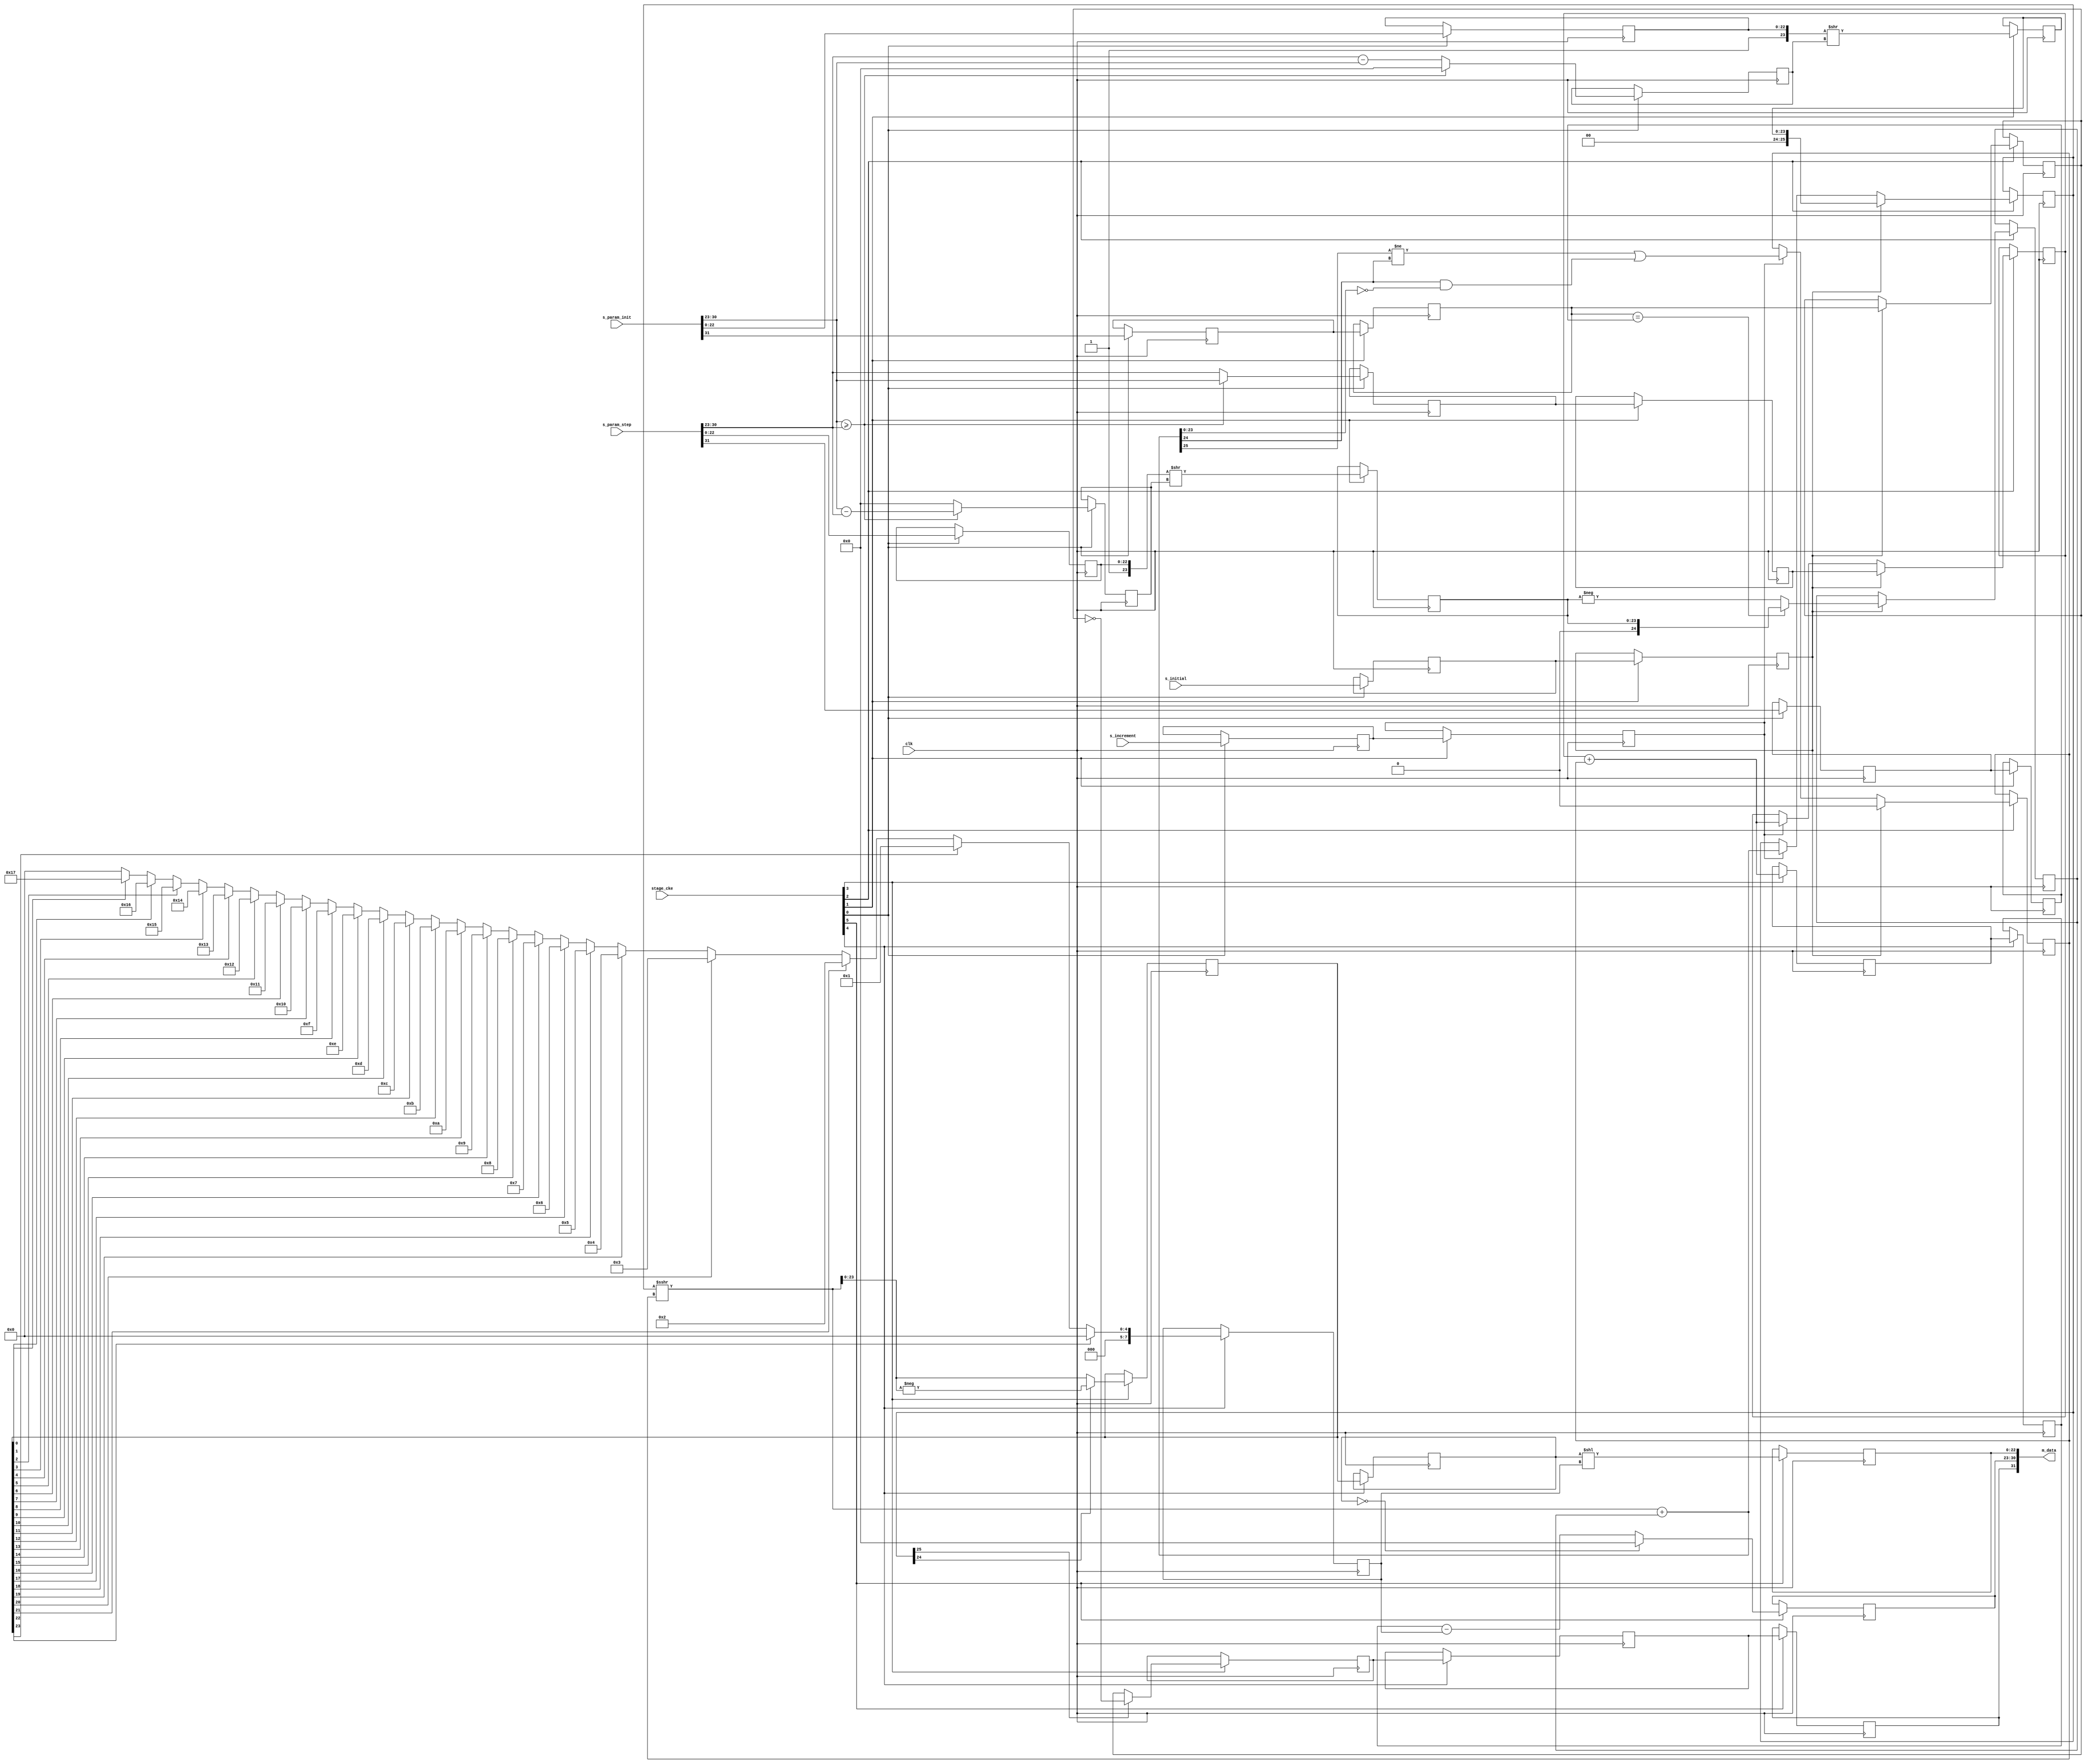
// This program was cloned from: https://github.com/ryuz/jelly
// License: MIT License

// ---------------------------------------------------------------------------
//  Jelly  -- The platform for real-time computing
//
//                                 Copyright (C) 2008-2015 by Ryuz
//                                 https://github.com/ryuz/jelly.git
// ---------------------------------------------------------------------------



`timescale 1ns / 1ps
`default_nettype none



// /
module jelly_float_step
        #(
            parameter   EXP_WIDTH  = 8,
            parameter   FRAC_WIDTH = 23,
            parameter   DATA_WIDTH = 1 + EXP_WIDTH + FRAC_WIDTH
        )
        (
            input   wire                        clk,
            
            input   wire    [5:0]               stage_cke,
            
            // input
            input   wire    [DATA_WIDTH-1:0]    s_param_init,
            input   wire    [DATA_WIDTH-1:0]    s_param_step,
            input   wire                        s_initial,
            input   wire                        s_increment,
            
            // output
            output  wire    [DATA_WIDTH-1:0]    m_data
        );
    
    
    wire                                src_init_sign = s_param_init[DATA_WIDTH-1];
    wire            [EXP_WIDTH-1:0]     src_init_exp  = s_param_init[FRAC_WIDTH +: EXP_WIDTH];
    wire            [FRAC_WIDTH-1:0]    src_init_frac = s_param_init[FRAC_WIDTH-1:0];
    wire                                src_step_sign = s_param_step[DATA_WIDTH-1];
    wire            [EXP_WIDTH-1:0]     src_step_exp  = s_param_step[FRAC_WIDTH +: EXP_WIDTH];
    wire            [FRAC_WIDTH-1:0]    src_step_frac = s_param_step[FRAC_WIDTH-1:0];
    wire                                src_initial   = s_initial;
    wire                                src_increment = s_increment;
    
    reg                                 st0_init_sign;
    reg             [EXP_WIDTH-1:0]     st0_init_shift;
    reg             [EXP_WIDTH-1:0]     st0_init_exp;
    reg             [FRAC_WIDTH-1:0]    st0_init_frac;
    reg                                 st0_step_sign;
    reg             [EXP_WIDTH-1:0]     st0_step_shift;
    reg             [FRAC_WIDTH-1:0]    st0_step_frac;
    reg                                 st0_initial;
    reg                                 st0_increment;
    
    reg                                 st1_init_sign;
    reg             [EXP_WIDTH-1:0]     st1_init_exp;
    reg             [FRAC_WIDTH:0]      st1_init_frac;
    reg                                 st1_step_sign;
    reg             [FRAC_WIDTH:0]      st1_step_frac;
    reg                                 st1_initial;
    reg                                 st1_increment;
    
    reg                                 st2_base_sign;
    reg             [EXP_WIDTH-1:0]     st2_base_exp;
    reg     signed  [FRAC_WIDTH+2:0]    st2_base_frac;
    reg     signed  [FRAC_WIDTH+1:0]    st2_step_frac;
    reg                                 st2_shift;
    wire    signed  [FRAC_WIDTH+2:0]    st2_inc_frac = ((st2_base_frac >>> st2_shift) + st2_step_frac);
    
    reg                                 st3_sign;
    reg             [EXP_WIDTH-1:0]     st3_exp;
    reg             [FRAC_WIDTH:0]      st3_frac;
    
    reg                                 st4_sign;
    reg             [EXP_WIDTH-1:0]     st4_exp;
    reg             [FRAC_WIDTH:0]      st4_frac;
    reg             [EXP_WIDTH-1:0]     st4_shift;
    
    reg                                 st5_sign;
    reg             [EXP_WIDTH-1:0]     st5_exp;
    reg             [FRAC_WIDTH-1:0]    st5_frac;
    
    integer                             i;
    
    always @(posedge clk) begin
        // stage 0 ()
        if ( stage_cke[0] ) begin
            st0_init_sign <= src_init_sign;
            st0_init_frac <= src_init_frac;
            st0_step_sign <= src_step_sign;
            st0_step_frac <= src_step_frac;
            if ( src_init_exp >= src_step_exp ) begin
                st0_init_exp   <= src_init_exp;
                st0_init_shift <= 0;
                st0_step_shift <= src_init_exp - src_step_exp;
            end
            else begin
                st0_init_exp   <= src_step_exp;
                st0_init_shift <= src_step_exp - src_init_exp;
                st0_step_shift <= 0;
            end
            st0_initial   <= src_initial;
            st0_increment <= src_increment;
        end
        
        
        // stage 1 ()
        if ( stage_cke[1] ) begin
            st1_init_sign <= st0_init_sign;
            st1_init_exp  <= st0_init_exp;
            st1_init_frac <= ({1'b1, st0_init_frac} >> st0_init_shift);
            st1_step_sign <= st0_step_sign;
            st1_step_frac <= ({1'b1, st0_step_frac} >> st0_step_shift);
            st1_initial   <= st0_initial;
            st1_increment <= st0_increment;
        end
        
        
        // stage 2 ()
        if ( stage_cke[2] ) begin
            if ( st1_initial ) begin
                // 
                st2_base_sign <= st1_init_sign;
                st2_base_exp  <= st1_init_exp;
                st2_base_frac <= {1'b0, st1_init_frac};
                st2_step_frac <= (st1_init_sign == st1_step_sign) ? {1'b0, st1_step_frac} : -{1'b0, st1_step_frac};
                st2_shift     <= 1'b0;
            end
            else if ( st1_increment ) begin
                // 
                st2_shift <= (st2_inc_frac[FRAC_WIDTH+2] != st2_inc_frac[FRAC_WIDTH+1])
                                || (st2_inc_frac[FRAC_WIDTH+1] && st2_inc_frac[FRAC_WIDTH:0] == 0);
                st2_base_exp  <= st2_base_exp + st2_shift;
                st2_base_frac <= st2_inc_frac;
            end
        end
        
        
        // stage 3 ()
        if ( stage_cke[3] ) begin
            st3_sign  <= st2_base_frac[FRAC_WIDTH+2] ? ~st2_base_sign : st2_base_sign ;
            st3_exp   <= st2_base_exp + st2_shift;
            st3_frac  <= st2_base_frac[FRAC_WIDTH+1] ? -(st2_base_frac >>> st2_shift) : (st2_base_frac >>> st2_shift);
        end
        
        
        // stage 4 ()
        if ( stage_cke[4] ) begin
            st4_sign  <= st3_sign;
            st4_exp   <= st3_exp;
            st4_frac  <= st3_frac;
            st4_shift <= 0;
            for ( i = FRAC_WIDTH; i >= 0; i = i - 1 ) begin
                if ( st3_frac[FRAC_WIDTH - i] ) begin
                    st4_shift <= i;
                end
            end
        end
        
        // stage 5 ()
        if ( stage_cke[5] ) begin
            st5_sign  <= st4_sign;
            st5_exp   <= st4_exp - st4_shift;
            if ( st4_frac == 0 ) begin
                st5_exp   <= 0;
            end
            st5_frac  <= (st4_frac << st4_shift);
        end
    end
    
    assign m_data  = {st5_sign, st5_exp, st5_frac};
    
endmodule


`default_nettype wire


// end of file